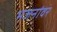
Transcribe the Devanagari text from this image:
भजनांवर